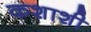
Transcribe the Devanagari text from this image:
कशाशी